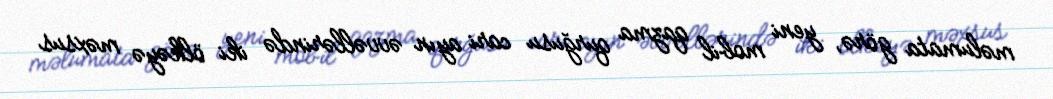
məlumata görə, yeni mobil qazma qurğusu cari ayın əvvəllərində iki ölkəyə məxsus